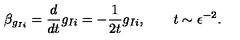
\beta _ { g _ { I i } } = \frac { d } { d t } g _ { I i } = - \frac { 1 } { 2 t } g _ { I i } , \qquad t \sim \epsilon ^ { - 2 } .